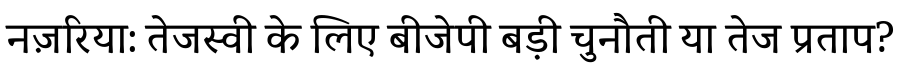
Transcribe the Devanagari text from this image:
नज़रिया: तेजस्वी के लिए बीजेपी बड़ी चुनौती या तेज प्रताप?